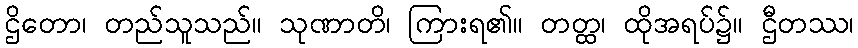
ဌိတော၊ တည်သူသည်။ သုဏာတိ၊ ကြားရ၏။ တတ္ထ၊ ထိုအရပ်၌။ ဌီတဿ၊